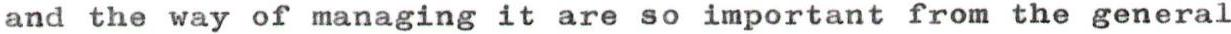
and the way of managing it are so important from the general